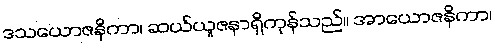
ဒသယောဇနိကာ၊ ဆယ်ယူဇနာရှိကုန်သည်။ အာယောဇနိကာ၊